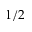
1 / 2